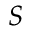
S